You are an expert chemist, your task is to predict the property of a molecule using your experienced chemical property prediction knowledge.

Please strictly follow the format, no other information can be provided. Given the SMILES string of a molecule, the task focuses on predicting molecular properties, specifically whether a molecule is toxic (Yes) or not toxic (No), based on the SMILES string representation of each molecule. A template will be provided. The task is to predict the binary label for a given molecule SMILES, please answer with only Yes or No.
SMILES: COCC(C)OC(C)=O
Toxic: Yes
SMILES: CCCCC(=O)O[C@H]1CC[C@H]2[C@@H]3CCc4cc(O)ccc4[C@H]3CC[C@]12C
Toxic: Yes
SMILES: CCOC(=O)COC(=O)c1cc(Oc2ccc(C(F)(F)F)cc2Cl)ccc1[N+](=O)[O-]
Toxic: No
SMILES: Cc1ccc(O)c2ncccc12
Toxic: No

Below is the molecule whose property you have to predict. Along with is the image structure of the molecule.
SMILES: O=C1NC(c2ccccc2)(c2ccccc2)C(=O)N1COP(=O)(O)O
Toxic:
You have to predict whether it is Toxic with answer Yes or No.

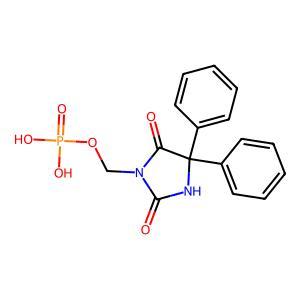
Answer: No